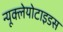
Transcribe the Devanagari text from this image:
न्यूक्लेयोटाइडस